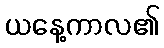
ယနေ့ကာလ၏